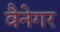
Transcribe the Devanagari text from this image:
वैनेगर